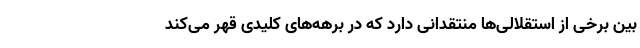
بین برخی از استقلالی‌ها منتقدانی دارد که در برهه‌های کلیدی قهر می‌کند